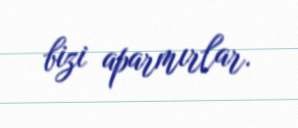
bizi aparmırlar.